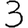
Digit: 3